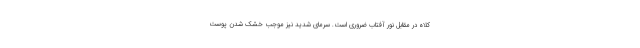
کلاه در مقابل نور آفتاب ضروری است. سرمای شدید نیز موجب خشک شدن پوست